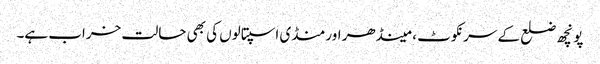
پونچھ ضلع کے سرنکوٹ ، مینڈھر اور منڈی اسپتالوں کی بھی حالت خراب ہے۔